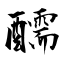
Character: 醹